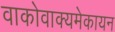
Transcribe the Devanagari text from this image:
वाकोवाक्यमेकायन